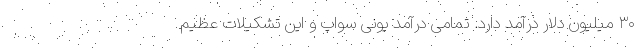
۳۰ میلیون دلار درآمد دارد. تمامی درآمد یونی سواپ و این تشکیلات عظیم